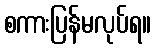
စကားပြန်မလုပ်ရ။